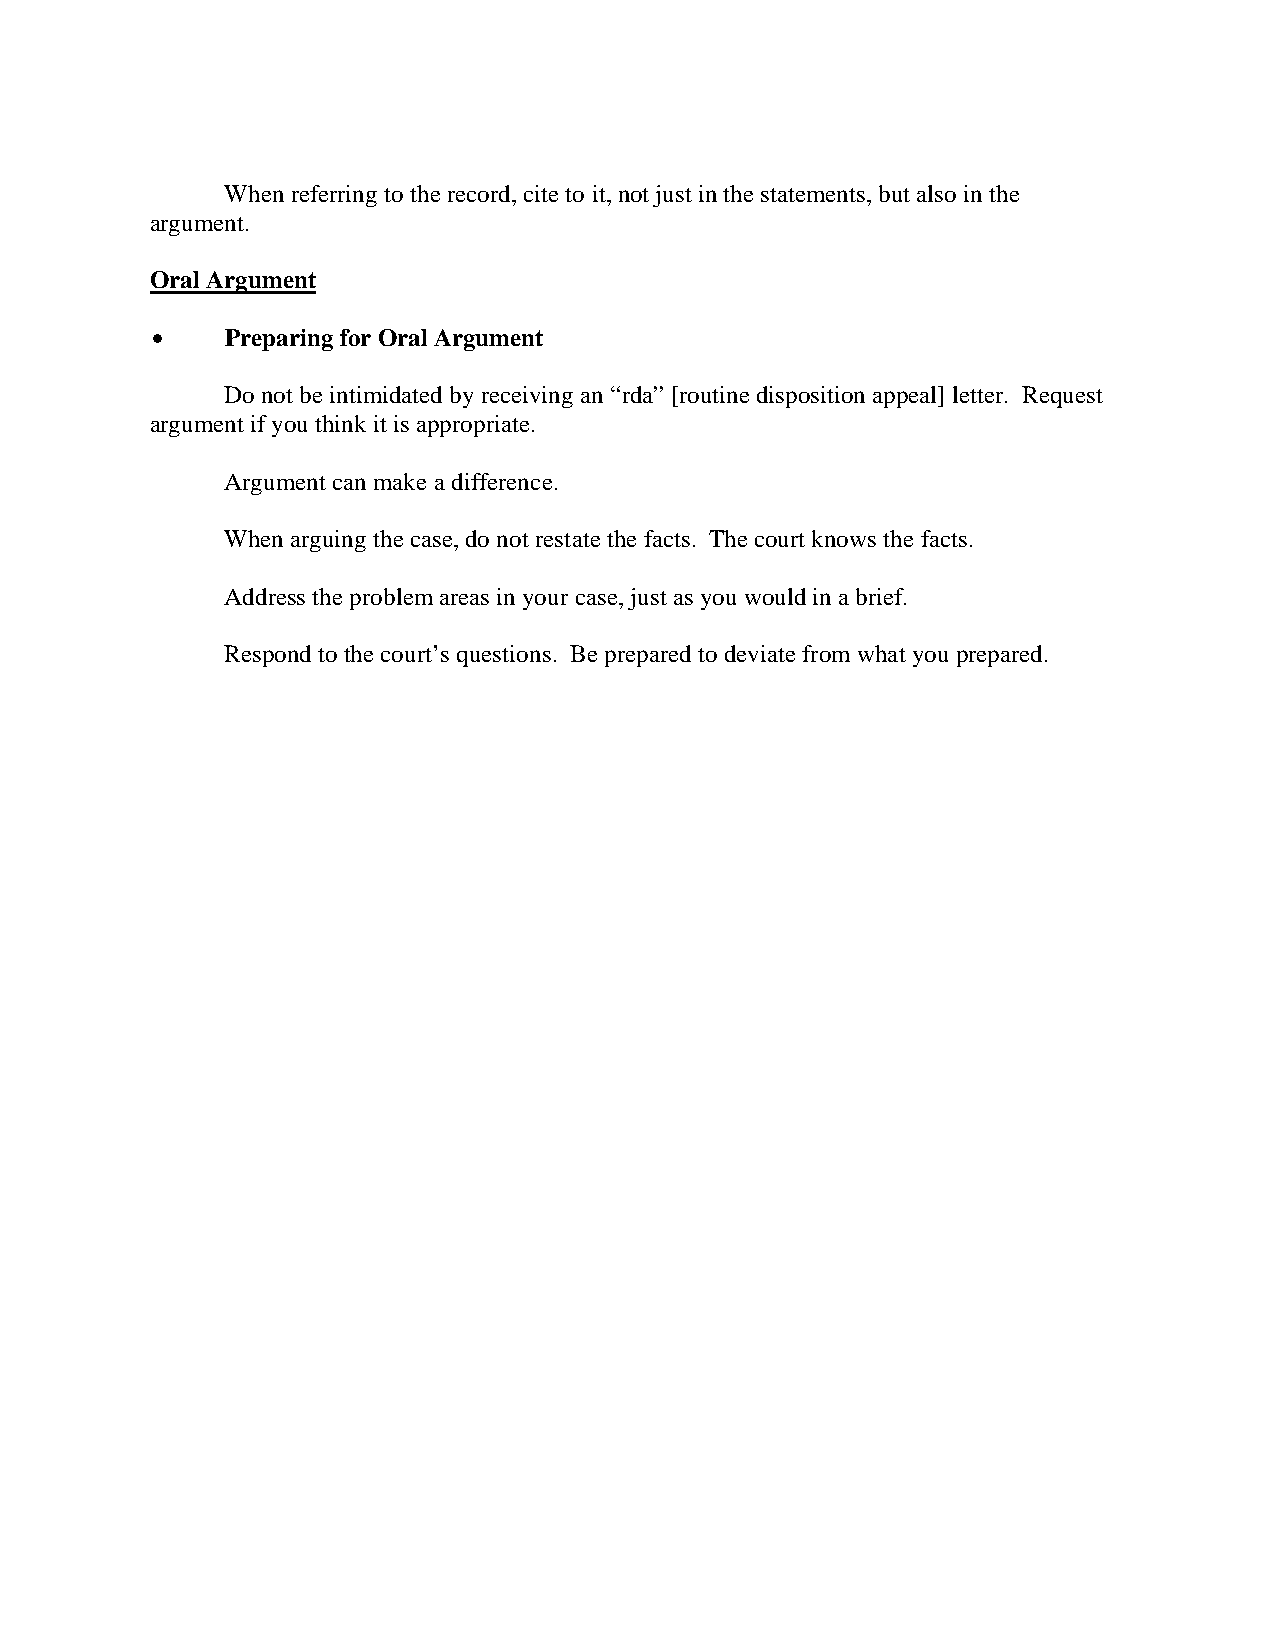
When referring to the record, cite to it, not just in the statements, but also in the
 argument.
 Oral Argument
 $    Preparing for Oral Argument
 Do not be intimidated by receiving an “rda” [routine disposition appeal] letter. Request
 argument if you think it is appropriate.
 Argument can make a difference.
 When arguing the case, do not restate the facts. The court knows the facts.
 Address the problem areas in your case, just as you would in a brief.
 Respond to the court’s questions. Be prepared to deviate from what you prepared.